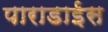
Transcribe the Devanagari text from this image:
पाराडाईस